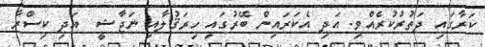
ކަރާގައި ދަތުރުކުރެއްވި. އަދި އެކަރައިން ބޭރުގައި ހިރަޤުލާއި ނަޖާޝީ  އަދި ކިސްރާ